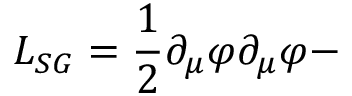
{ \cal L } _ { S G } = \frac { 1 } { 2 } \partial _ { \mu } \varphi \partial _ { \mu } \varphi -